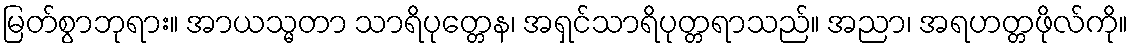
မြတ်စွာဘုရား။ အာယသ္မတာ သာရိပုတ္တေန၊ အရှင်သာရိပုတ္တရာသည်။ အညာ၊ အရဟတ္တဖိုလ်ကို။